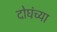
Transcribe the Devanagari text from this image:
दोघंच्या